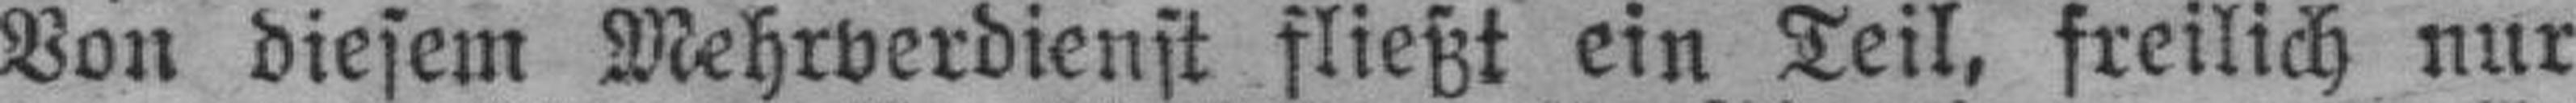
Von diesem Mehrverdienst fließt ein Teil, freilich nur